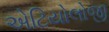
એટિયોલોજી